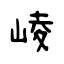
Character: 崚